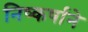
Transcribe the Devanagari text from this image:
निष्कर्षाने